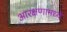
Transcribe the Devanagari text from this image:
आरक्षणामध्ये